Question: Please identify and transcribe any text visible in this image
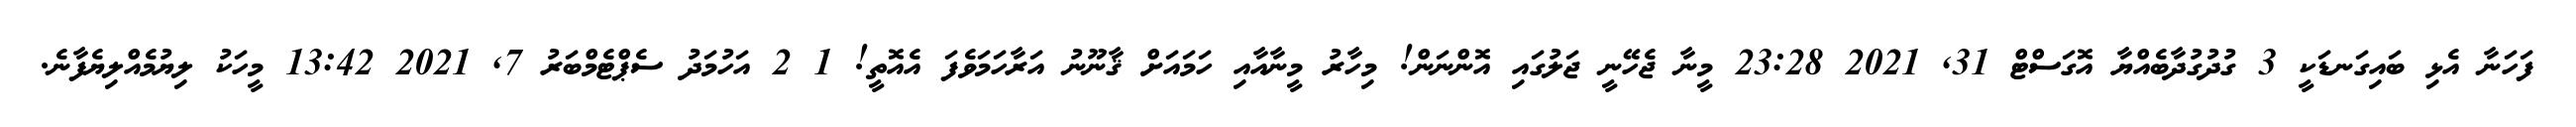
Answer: ފަހަނާ އެޅި ބައިގަނޑަކީ 3 ގުދުގުދާބެއްޔާ އޮގަސްޓް 31, 2021 23:28 މީނާ ޖެހޭނީ ޖަލުގައި އޮންނަން! މިހާރު މީނާއާއި ހަމައަށް ޤާނޫނު އަރާހަމަވެފަ އެއޮތީ! 1 2 އަހުމަދު ސެޕްޓެމްބަރު 7, 2021 13:42 މީހަކު ލިޔުމެއްލިޔެފާނެ.